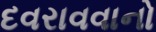
દવરાવવાનો